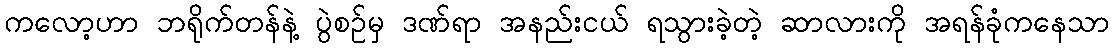
ကလော့ဟာ ဘရိုက်တန်နဲ့ ပွဲစဉ်မှ ဒဏ်ရာ အနည်းငယ် ရသွားခဲ့တဲ့ ဆာလားကို အရန်ခုံကနေသာ